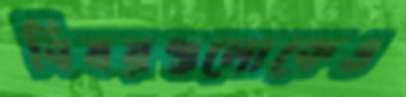
বিষয়গুলোকেও